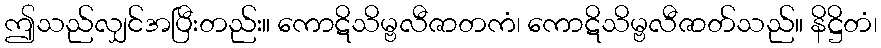
ဤသည်လျှင်အပြီးတည်း။ ကောဋိသိမ္ဗလီဇာတကံ၊ ကောဋိသိမ္ဗလီဇာတ်သည်။ နိဋ္ဌိတံ၊